Civil Veterinary Dept. North-West Frontier Province 1933-46 - 1933-1946
Year: 1933
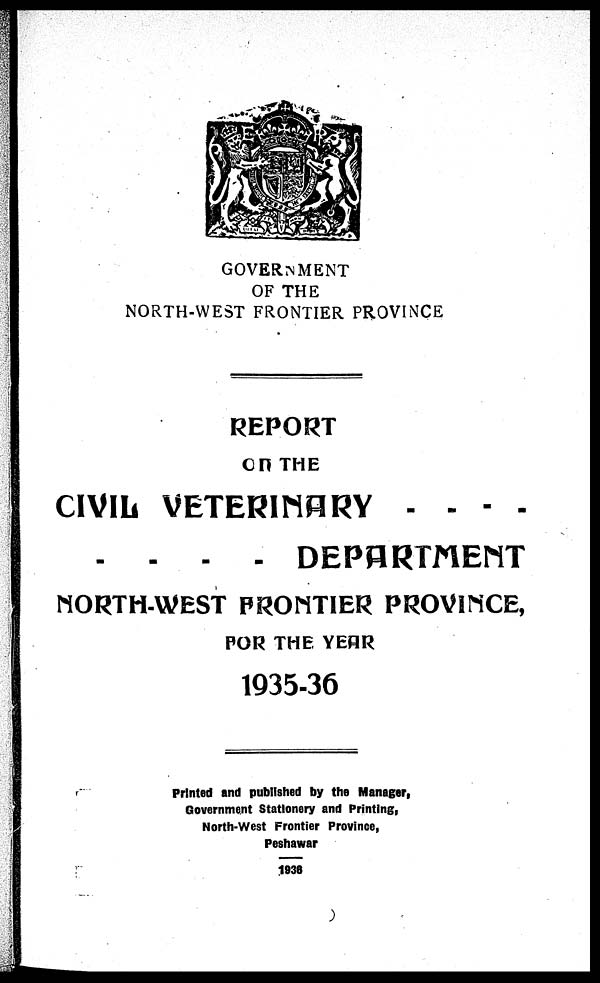
GOVERNMENT
OF THE
NORTH-WEST FRONTIER PROVINCE
REPORT
ON THE
CIVIL VETERINARY . . . .
. . . . DEPARTMENT
NORTH-WEST FRONTIER PROVINCE,
FOR THE YEAR
1935-36
Printed and published by the Manager,
Government Stationery and Printing,
North-West Frontier Province,
Peshawar
1938